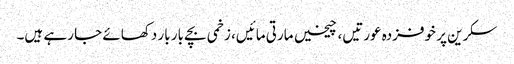
سکرین پر خوفزدہ عورتیں، چیخیں مارتی مائیں، زخمی بچے بار بار دکھائے جا رہے ہیں۔